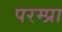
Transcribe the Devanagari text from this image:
परम्प्रा